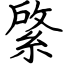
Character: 綮